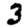
Digit: 3